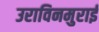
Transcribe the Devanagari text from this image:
उराविनमुराई